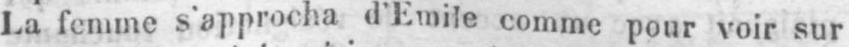
La femme s’approcha d’Emile comme pour voir sur